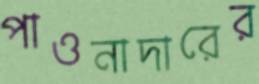
পাওনাদারের